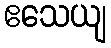
ဧသေယျ